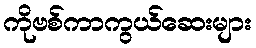
ကိုဗစ်ကာကွယ်ဆေးများ